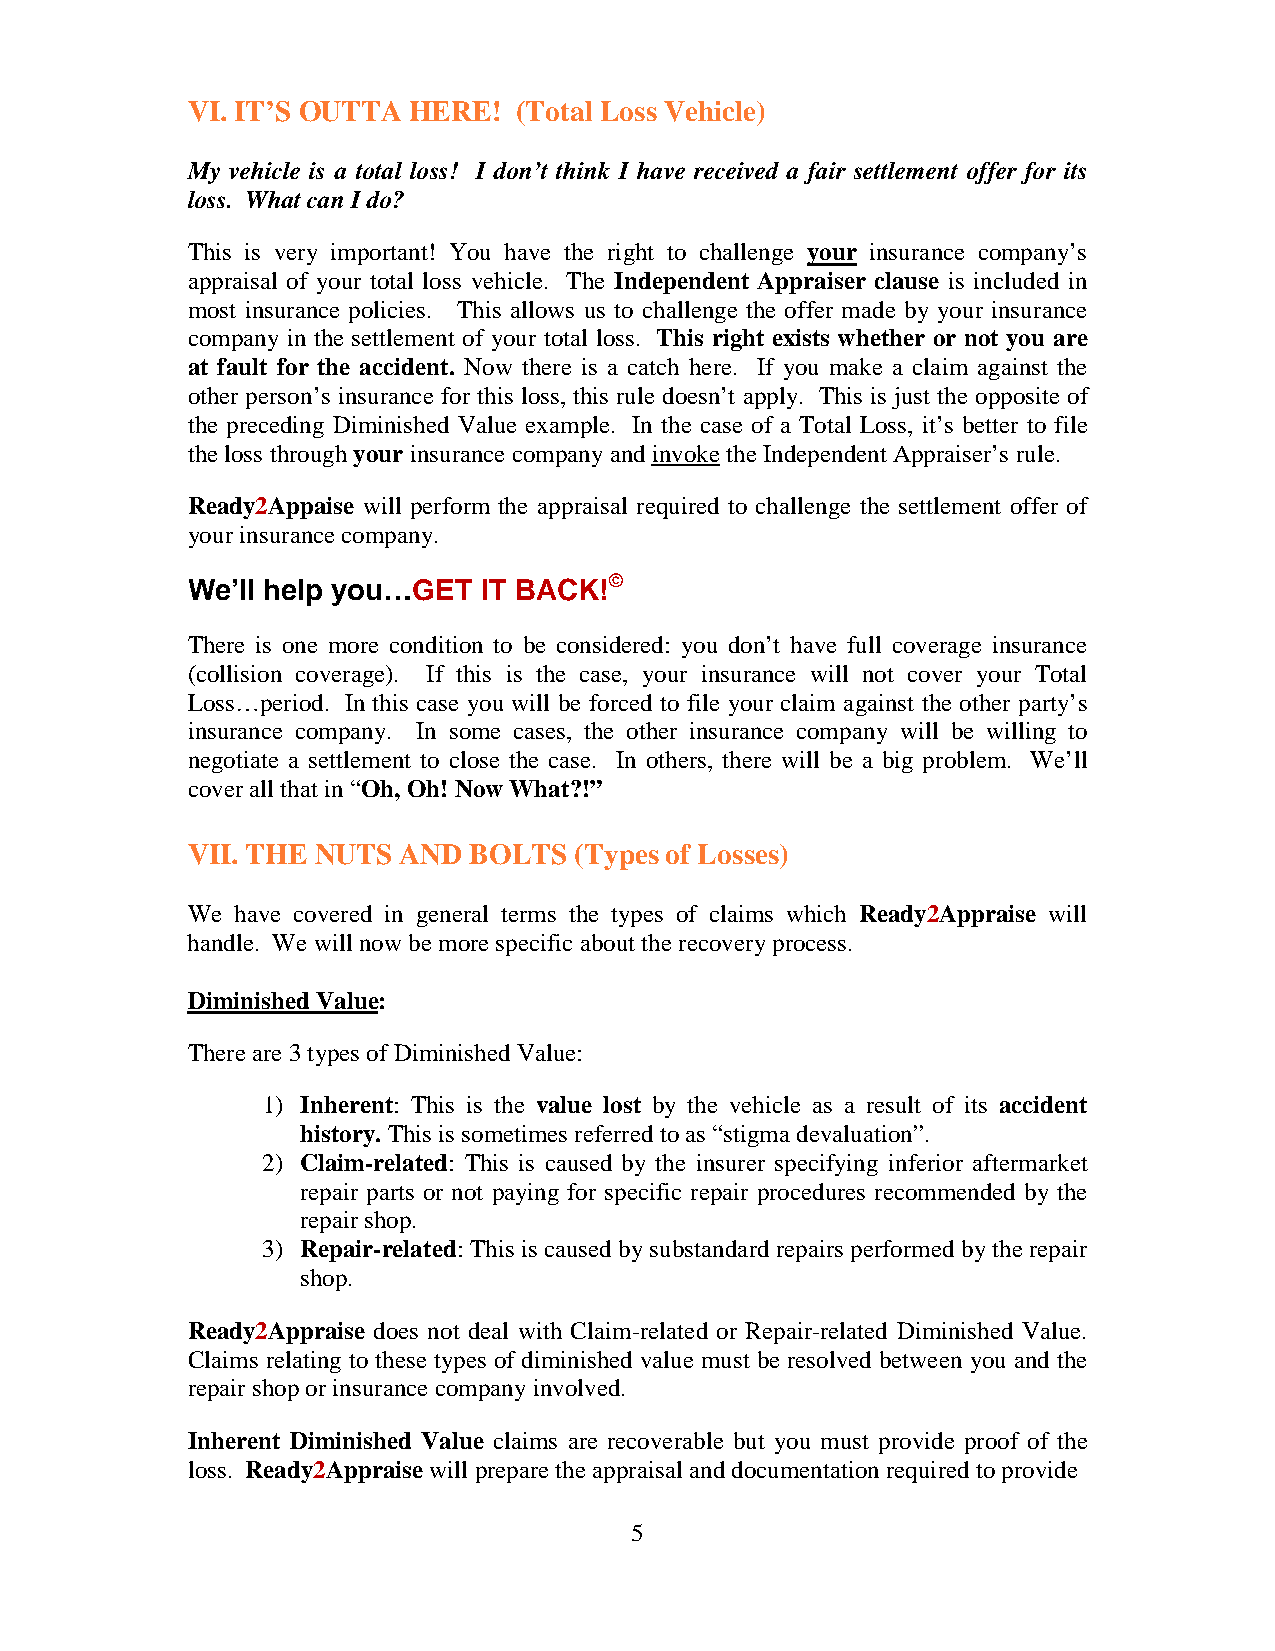
VI. IT’S OUTTA HERE!  (Total Loss Vehicle)
 My vehicle is a total loss! I don’t think I have received a fair settlement offer for its
 loss. What can I do?
 This is very important! You have the right to challenge your insurance company’s
 appraisal of your total loss vehicle. The Independent Appraiser clause is included in
 most insurance policies. This allows us to challenge the offer made by your insurance
 company in the settlement of your total loss. This right exists whether or not you are
 at fault for the accident. Now there is a catch here. If you make a claim against the
 other person’s insurance for this loss, this rule doesn’t apply. This is just the opposite of
 the preceding Diminished Value example. In the case of a Total Loss, it’s better to file
 the loss through your insurance company and invoke the Independent Appraiser’s rule.
 Ready2Appaise will perform the appraisal required to challenge the settlement offer of
 your insurance company.
 We’ll help you…GET  IT
 BACK!©
 There is one more condition to be considered: you don’t have full coverage insurance
 (collision coverage). If this is the case, your insurance will not cover your Total
 Loss…period. In this case you will be forced to file your claim against the other party’s
 insurance company. In some cases, the other insurance company will be willing to
 negotiate a settlement to close the case. In others, there will be a big problem. We’ll
 cover all that in “Oh, Oh! Now What?!”
 VII. THE NUTS AND  BOLTS  (Types of Losses)
 We  have covered in general terms the types of claims which Ready2Appraise will
 handle. We will now be more specific about the recovery process.
 Diminished Value:
 There are 3 types of Diminished Value:
 1) Inherent: This is the value lost by the vehicle as a result of its accident
 history. This is sometimes referred to as “stigma devaluation”.
 2) Claim-related: This is caused by the insurer specifying inferior aftermarket
 repair parts or not paying for specific repair procedures recommended by the
 repair shop.
 3) Repair-related: This is caused by substandard repairs performed by the repair
 shop.
 Ready2Appraise does not deal with Claim-related or Repair-related Diminished Value.
 Claims relating to these types of diminished value must be resolved between you and the
 repair shop or insurance company involved.
 Inherent Diminished Value claims are recoverable but you must provide proof of the
 loss. Ready2Appraise will prepare the appraisal and documentation required to provide
 5